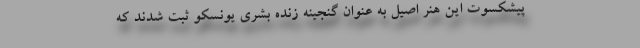
پیشکسوت این هنر اصیل به عنوان گنجینه زنده بشری یونسکو ثبت شدند که